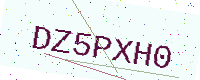
Text: DZ5PXH0